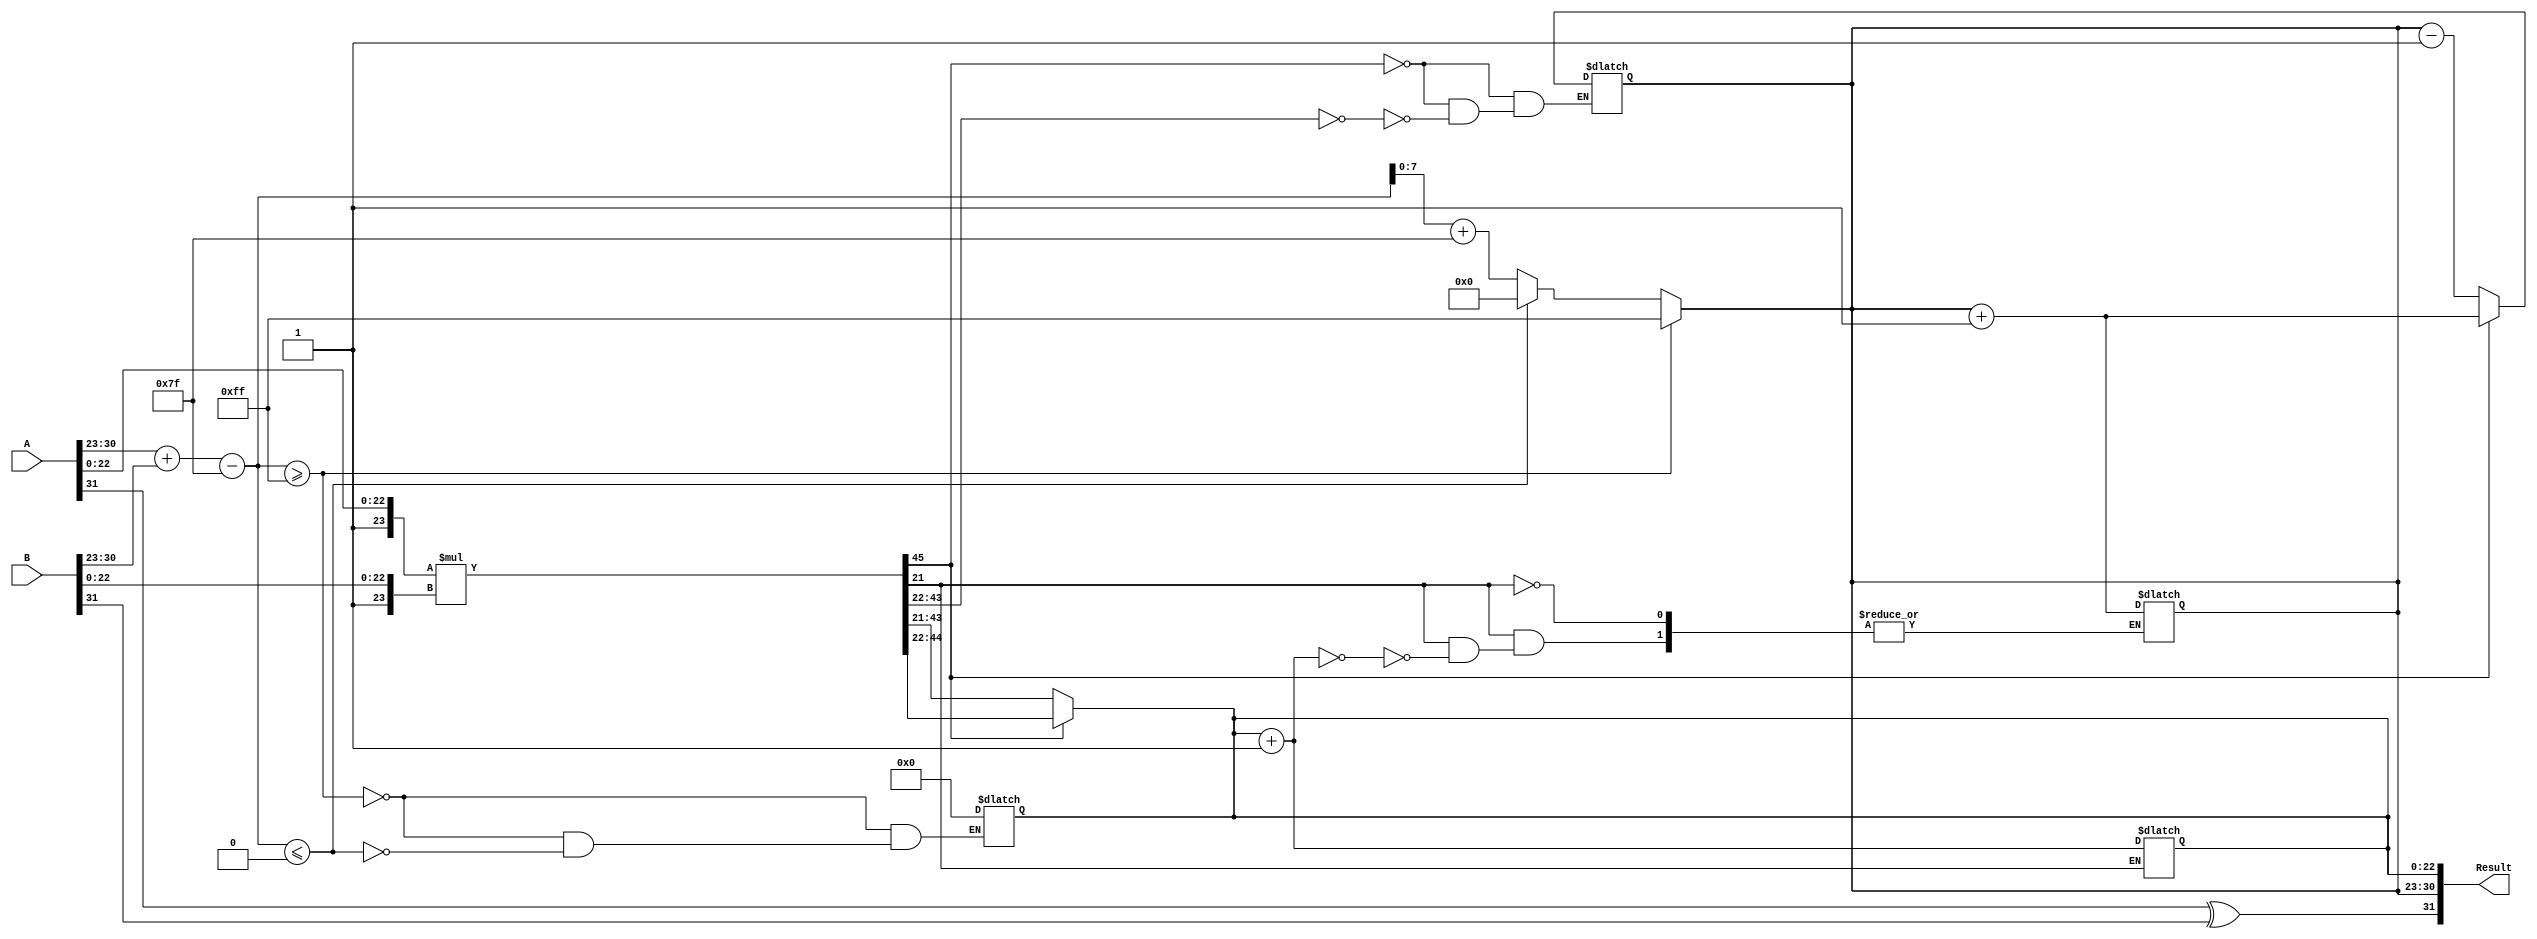
module floating_point_multiplier (
    input  wire [31:0] A, // First floating-point operand
    input  wire [31:0] B, // Second floating-point operand
    output reg  [31:0] Result // Product of the two floating-point operands
);

    // Constants
    localparam BIAS = 8'd127;
    localparam EXPONENT_WIDTH = 8;
    localparam MANTISSA_WIDTH = 23;

    // Intermediate signals
    wire signA, signB, signResult;
    wire [EXPONENT_WIDTH-1:0] expA, expB, expResult;
    wire [MANTISSA_WIDTH-1:0] mantA, mantB;
    wire [MANTISSA_WIDTH+1:0] mantA_norm, mantB_norm; // Normalized mantissas
    wire [MANTISSA_WIDTH*2:0] mantProduct; // 46-bit product of mantissas
    reg [EXPONENT_WIDTH:0] expAdjusted; // Adjusted exponent with bias
    reg [MANTISSA_WIDTH-1:0] mantResult; // Final mantissa result
    reg [EXPONENT_WIDTH-1:0] expFinal; // Final exponent result
    reg roundBit; // Rounding bit

    // Extract sign, exponent, and mantissa
    assign signA = A[31];
    assign signB = B[31];
    assign expA = A[30:23];
    assign expB = B[30:23];
    assign mantA = A[22:0];
    assign mantB = B[22:0];

    // Normalize mantissas (add implicit leading 1)
    assign mantA_norm = {1'b1, mantA}; // 24 bits
    assign mantB_norm = {1'b1, mantB}; // 24 bits

    // Calculate the product of the mantissas
    assign mantProduct = mantA_norm * mantB_norm; // 46 bits

    // Calculate the sign of the result
    assign signResult = signA ^ signB;

    // Calculate the exponent
    always @(*) begin
        // Adjust exponents by subtracting the bias
        expAdjusted = {1'b0, expA} + {1'b0, expB} - BIAS;
        
        // Check for overflow and underflow
        if (expAdjusted >= 8'd255) begin
            expFinal = 8'd255; // Set to infinity
            mantResult = 23'b0; // Mantissa is zero
        end else if (expAdjusted <= 8'd0) begin
            expFinal = 8'd0; // Set to zero
            mantResult = 23'b0; // Mantissa is zero
        end else begin
            expFinal = expAdjusted + BIAS; // Add bias back
        end
    end

    // Normalization of the result
    always @(*) begin
        if (mantProduct[45]) begin // If the product is >= 2
            mantResult = mantProduct[44:22]; // Shift right
            expFinal = expFinal + 1; // Increment exponent
        end else if (mantProduct[43:22] == 0) begin // If the product is < 1
            mantResult = mantProduct[43:21]; // Shift right
            expFinal = expFinal - 1; // Decrement exponent
        end else begin
            mantResult = mantProduct[43:21]; // Normal case
        end
    end

    // Rounding
    always @(*) begin
        roundBit = mantProduct[21]; // Check the 24th bit for rounding
        if (roundBit) begin
            mantResult = mantResult + 1; // Round up
            if (mantResult == 23'b0) begin
                expFinal = expFinal + 1; // Adjust exponent if mantissa overflows
            end
        end
    end

    // Construct the final result
    always @(*) begin
        Result = {signResult, expFinal, mantResult}; // Combine sign, exponent, and mantissa
    end

endmodule